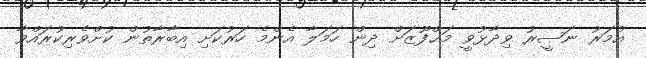
އުމަރު ނަޞީރު ވިދާޅުވީ މަޙްފޫޒަށް ދިން ހަމަލާ އެންމެ ހަރުކަށި އިބާރާތުން ކުށްވެރިކުރައްވާ